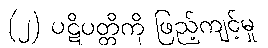
(၂) ပဋိပတ္တိကို ဖြည့်ကျင့်မှု